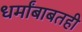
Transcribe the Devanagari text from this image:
धर्मांबाबतही